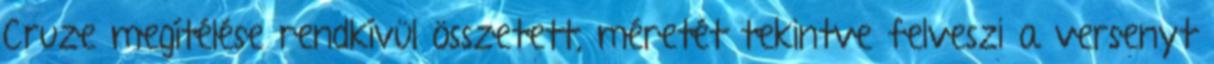
Cruze megítélése rendkívül összetett, méretét tekintve felveszi a versenyt